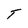
Character: T